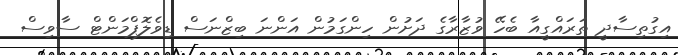
އިގުތިސާދީ ތަރައްގީއާ ބެހޭ ވުޒާރާގެ ދަށުން ހިންގަމުން އަންނަ ބިޒްނަސް ޑިވެލޮޕްމަންޓް ސާވިސް